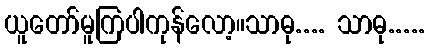
ယူတော်မူကြပါကုန်လော့။သာဓု.... သာဓု.....